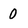
Character: 0